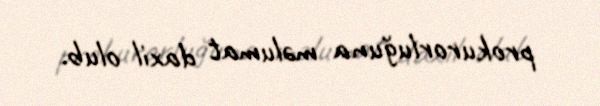
prokurorluğuna məlumat daxil olub.